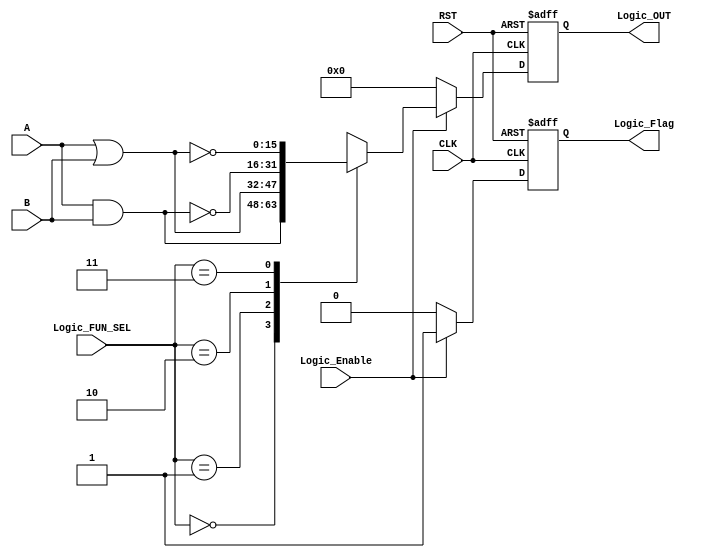
module LOGIC_UNIT #(parameter IN_DATA_WIDTH = 16, OUT_DATA_WIDTH = 16) 
(
    input wire [IN_DATA_WIDTH-1:0]  A,
    input wire [IN_DATA_WIDTH-1:0]  B,
    input wire                      CLK,
    input wire                      RST,
    input wire                      Logic_Enable,
    input wire [1:0]                Logic_FUN_SEL,
    output reg [OUT_DATA_WIDTH-1:0] Logic_OUT,
    output reg                      Logic_Flag
);

    // internal signals declaration
    reg [OUT_DATA_WIDTH-1:0] Logic_OUT_comb;
    wire Logic_Flag_comb;
    // comb always block for logic operation
    always @(*) begin
        Logic_OUT_comb = 'b0;
        if (Logic_Enable) begin
            case (Logic_FUN_SEL)
                2'b00 :
                begin
                    Logic_OUT_comb = A & B;
                end 
                2'b01 :
                begin
                    Logic_OUT_comb = A | B;
                end
                2'b10 :
                begin
                    Logic_OUT_comb = ~(A & B);
                end
                2'b11 :
                begin
                    Logic_OUT_comb = ~(A | B);
                end
                default: 
                begin
                    Logic_OUT_comb = 'b0;
                end
            endcase
        end
        else begin
           Logic_OUT_comb = 'b0; 
        end
    end
    // comb logic flag
    assign Logic_Flag_comb = (Logic_Enable) ? 1'b1 : 1'b0;
    // sequntial always block for output
    always @(posedge CLK or negedge RST) begin
        if (~RST) begin
            Logic_OUT <= 'b0;
            Logic_Flag <= 1'b0;
        end
        else begin
            Logic_OUT <= Logic_OUT_comb;
            Logic_Flag <= Logic_Flag_comb;
        end
    end
endmodule